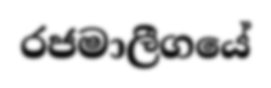
රජමාලීගයේ